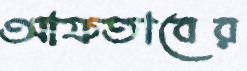
আফতাবের